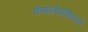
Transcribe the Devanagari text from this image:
कंकनीपंक्तियों